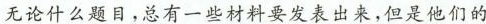
无论什么题目，总有一些材料要发表出来，但是他们的